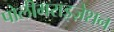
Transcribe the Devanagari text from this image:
पोलीमराइज़ेशन